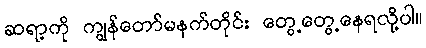
ဆရာ့ကို ကျွန်တော်မနက်တိုင်း တွေ့တွေ့နေရလို့ပါ။